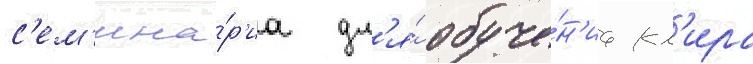
с'ем'ина́р'иа дл'я́ обуче́н'иа кл'ира